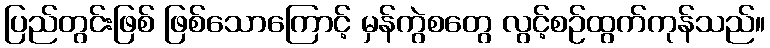
ပြည်တွင်းဖြစ် ဖြစ်သောကြောင့် မှန်ကွဲစတွေ လွင့်စဉ်ထွက်ကုန်သည်။